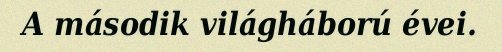
A második világháború évei.